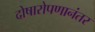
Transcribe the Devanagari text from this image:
दोषारोपणानंतर